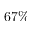
6 7 \%